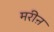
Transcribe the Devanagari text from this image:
मरीऩ